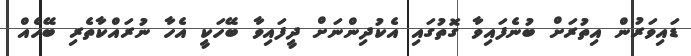
ޑައިވަރުން އިތުރަށް ބުނެފައިވާ ގޮތުގައި އެކުދިންނަށް ދީފައިވާ ބޭހަކީ އެހާ ނުރައްކާތެރި ބޭހެއް